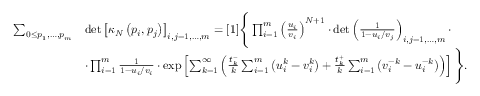
\begin{array} { r l } { \sum _ { 0 \leq p _ { 1 } , \dots , p _ { m } } } & { \operatorname* { d e t } \left[ \kappa _ { N } \left( p _ { i } , p _ { j } \right) \right] _ { i , j = 1 , \dots , m } = [ 1 ] \Bigg \{ \prod _ { i = 1 } ^ { m } \left( \frac { u _ { i } } { v _ { i } } \right) ^ { N + 1 } \cdot \operatorname* { d e t } \left( \frac { 1 } { 1 - u _ { i } / v _ { j } } \right) _ { i , j = 1 , \dots , m } \cdot } \\ & { \cdot \prod _ { i = 1 } ^ { m } \frac { 1 } { 1 - u _ { i } / v _ { i } } \cdot \exp \left[ \sum _ { k = 1 } ^ { \infty } \left( \frac { t _ { k } ^ { - } } { k } \sum _ { i = 1 } ^ { m } \left( u _ { i } ^ { k } - v _ { i } ^ { k } \right) + \frac { t _ { k } ^ { + } } { k } \sum _ { i = 1 } ^ { m } \left( v _ { i } ^ { - k } - u _ { i } ^ { - k } \right) \right) \right] \Bigg \} . } \end{array}